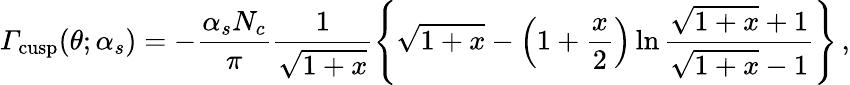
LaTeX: {\mit\Gamma}_{\mathrm{cusp}}(\theta;\alpha_{s})=-\frac{\alpha_{s}N_{c}}{\pi}\frac{1}{\sqrt{1+x}}\left\{ \sqrt{1+x}-\left(1+\frac{x}{2}\right)\ln\frac{\sqrt{1+x}+1}{\sqrt{1+x}-1}\right\} \, ,